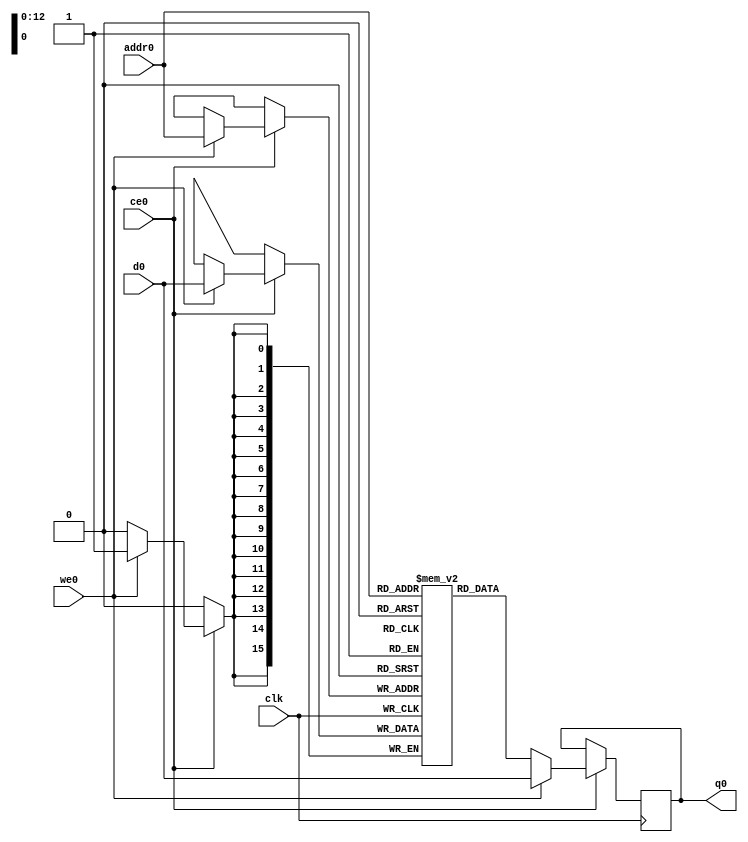
// ==============================================================
// File generated by Vivado(TM) HLS - High-Level Synthesis from C, C++ and SystemC
// Version: 2017.4
// Copyright (C) 1986-2017 Xilinx, Inc. All Rights Reserved.
// 
// ==============================================================

`timescale 1 ns / 1 ps
module line_buffer_mp_2_bkb_ram (addr0, ce0, d0, we0, q0,  clk);

parameter DWIDTH = 16;
parameter AWIDTH = 13;
parameter MEM_SIZE = 4224;

input[AWIDTH-1:0] addr0;
input ce0;
input[DWIDTH-1:0] d0;
input we0;
output reg[DWIDTH-1:0] q0;
input clk;

(* ram_style = "block" *)reg [DWIDTH-1:0] ram[0:MEM_SIZE-1];




always @(posedge clk)  
begin 
    if (ce0) 
    begin
        if (we0) 
        begin 
            ram[addr0] <= d0; 
            q0 <= d0;
        end 
        else 
            q0 <= ram[addr0];
    end
end


endmodule


`timescale 1 ns / 1 ps
module line_buffer_mp_2_bkb(
    reset,
    clk,
    address0,
    ce0,
    we0,
    d0,
    q0);

parameter DataWidth = 32'd16;
parameter AddressRange = 32'd4224;
parameter AddressWidth = 32'd13;
input reset;
input clk;
input[AddressWidth - 1:0] address0;
input ce0;
input we0;
input[DataWidth - 1:0] d0;
output[DataWidth - 1:0] q0;



line_buffer_mp_2_bkb_ram line_buffer_mp_2_bkb_ram_U(
    .clk( clk ),
    .addr0( address0 ),
    .ce0( ce0 ),
    .d0( d0 ),
    .we0( we0 ),
    .q0( q0 ));

endmodule